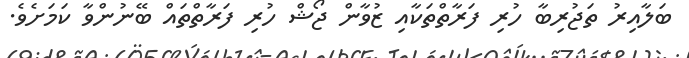
ބަލާއިރު ތަޖުރިބާ ހުރި ފަރާތްތަކާއި ޒުވާން ޖޯޝް ހުރި ފަރާތްތައް ބޭނުންވާ ކަމަށެވެ.